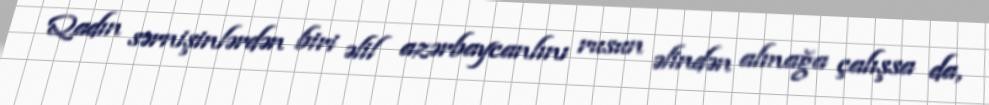
Qadın sərnişinlərdən biri əlil azərbaycanlını rusun əlindən almağa çalışsa da,